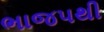
ભાજપથી